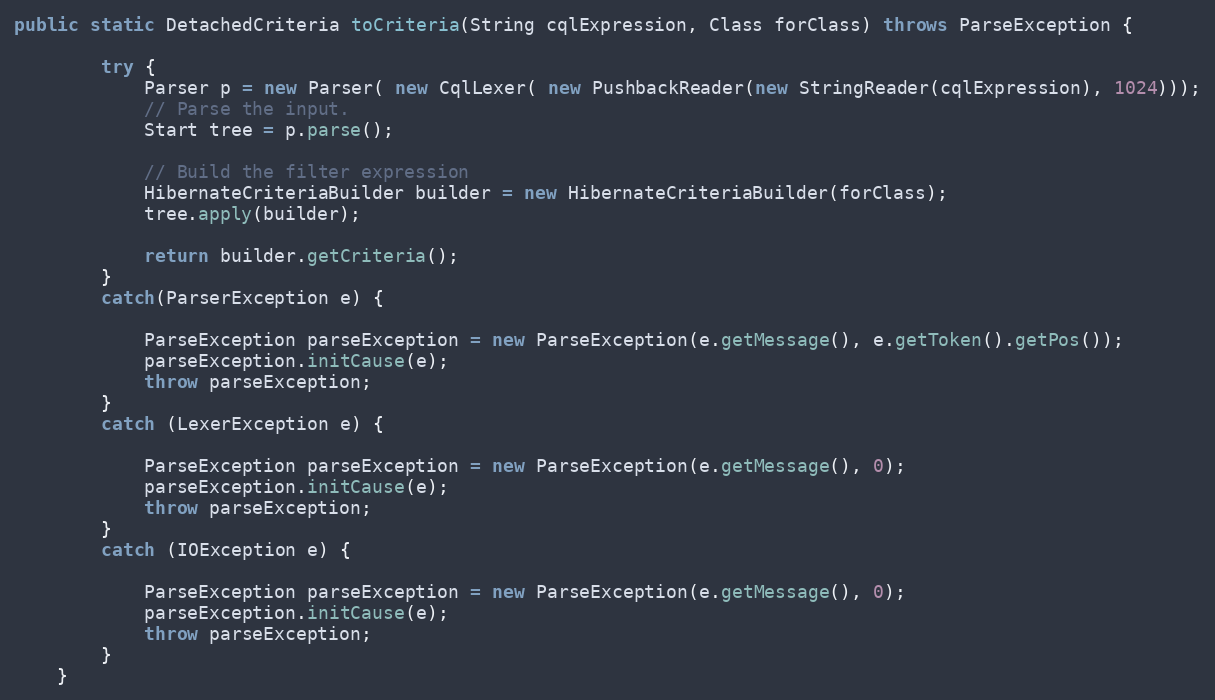
Language: Java
public static DetachedCriteria toCriteria(String cqlExpression, Class forClass) throws ParseException {

        try {
            Parser p = new Parser( new CqlLexer( new PushbackReader(new StringReader(cqlExpression), 1024)));
            // Parse the input.
            Start tree = p.parse();

            // Build the filter expression
            HibernateCriteriaBuilder builder = new HibernateCriteriaBuilder(forClass);
            tree.apply(builder);

            return builder.getCriteria();
        }
        catch(ParserException e) {

            ParseException parseException = new ParseException(e.getMessage(), e.getToken().getPos());
            parseException.initCause(e);
            throw parseException;
        }
        catch (LexerException e) {

            ParseException parseException = new ParseException(e.getMessage(), 0);
            parseException.initCause(e);
            throw parseException;
        }
        catch (IOException e) {

            ParseException parseException = new ParseException(e.getMessage(), 0);
            parseException.initCause(e);
            throw parseException;
        }
    }